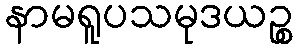
နာမရူပသမုဒယဉ္စ